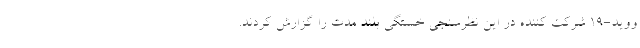
ووید-19 شرکت کننده در این نظرسنجی خستگی بلند مدت را گزارش کردند.